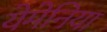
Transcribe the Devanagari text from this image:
येमेनिया